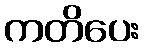
ကတိပေး